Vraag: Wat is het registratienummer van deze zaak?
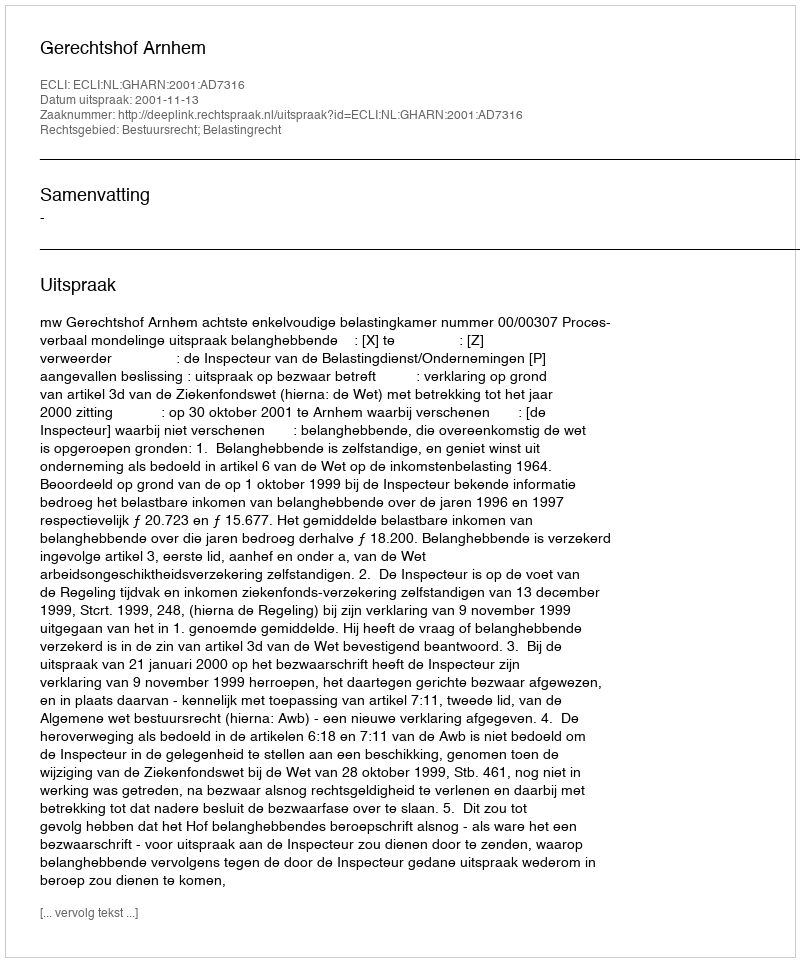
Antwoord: http://deeplink.rechtspraak.nl/uitspraak?id=ECLI:NL:GHARN:2001:AD7316